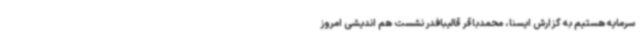
سرمایه هستیم به گزارش ایسنا، محمدباقر قالیبافدر نشست هم اندیشی امروز